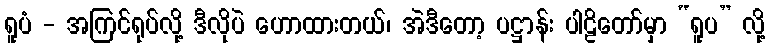
ရူပံ - အကြင်ရုပ်လို့ ဒီလိုပဲ ဟောထားတယ်၊ အဲဒီတော့ ပဋ္ဌာန်း ပါဠိတော်မှာ “ရူပ” လို့